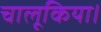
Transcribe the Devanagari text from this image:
चालूकिया।